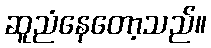
ဆူညံနေတော့သည်။